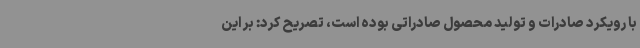
با رویکرد صادرات و تولید محصول صادراتی بوده است، تصریح کرد: بر این